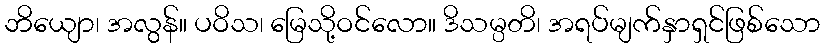
ဘိယျော၊ အလွန်။ ပဝိသ၊ မြေသို့ဝင်လော။ ဒိသမ္ပတိ၊ အရပ်မျက်နှာရှင်ဖြစ်သော